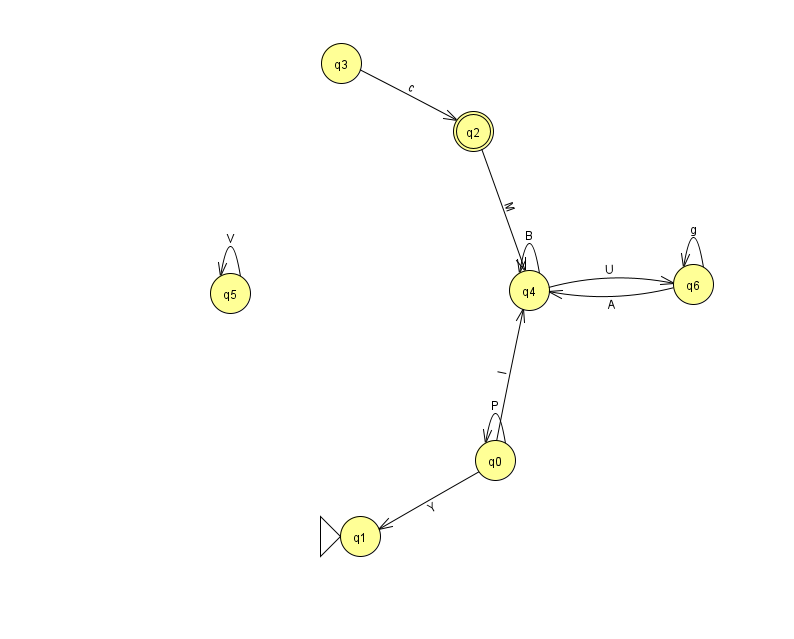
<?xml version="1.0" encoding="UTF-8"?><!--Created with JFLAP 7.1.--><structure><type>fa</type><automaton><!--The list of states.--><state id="0" name="q0"><x>495.0</x><y>447.0</y></state><state id="1" name="q1"><x>360.0</x><y>523.0</y><initial/></state><state id="2" name="q2"><x>473.0</x><y>118.0</y><final/></state><state id="3" name="q3"><x>341.0</x><y>50.0</y></state><state id="4" name="q4"><x>529.0</x><y>277.0</y></state><state id="5" name="q5"><x>230.0</x><y>280.0</y></state><state id="6" name="q6"><x>693.0</x><y>271.0</y></state><!--The list of transitions.--><transition><from>0</from><to>0</to><read>P</read></transition><transition><from>6</from><to>4</to><read>A</read></transition><transition><from>4</from><to>4</to><read>B</read></transition><transition><from>2</from><to>4</to><read>M</read></transition><transition><from>4</from><to>6</to><read>U</read></transition><transition><from>5</from><to>5</to><read>V</read></transition><transition><from>0</from><to>4</to><read>I</read></transition><transition><from>6</from><to>6</to><read>g</read></transition><transition><from>3</from><to>2</to><read>c</read></transition><transition><from>0</from><to>1</to><read>Y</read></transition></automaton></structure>